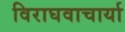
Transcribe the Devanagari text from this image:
विराघवाचार्या